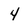
Character: 4